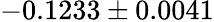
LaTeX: -0.1233\pm 0.0041